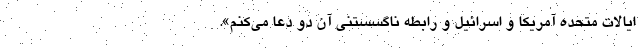
ایالات متحده آمریکا و اسرائیل و رابطه ناگسستنی آن دو دعا می‌کنم».